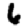
Digit: 6